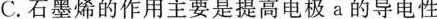
C.石墨烯的作用主要是提高电极a的导电性